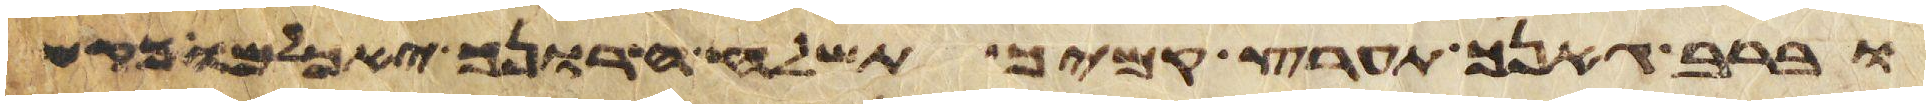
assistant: וברב גאניך תהרס קמיך תשלח חרונך יאכלמו כקש